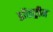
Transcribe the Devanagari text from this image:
डॉकट्रीन